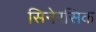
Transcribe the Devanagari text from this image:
सिनेरसिक